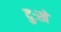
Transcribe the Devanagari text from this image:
दुःखें